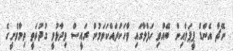
ނޭޗާ އެންޑް ޕީޕަލްއިން ބޭއްވި ހަފްލާގައި ވާހަކަދައްކަވަމުން ރައީސް ވިދާޅުވީ ގުދުރަތީ ތިމާވެށީގެ